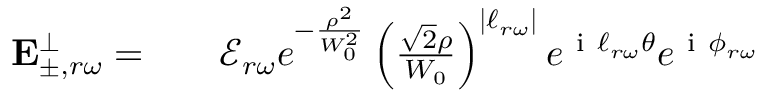
\begin{array} { r l r } { \mathbf { E } _ { \pm , r \omega } ^ { \perp } = } & { { } } & { \mathcal { E } _ { r \omega } e ^ { - \frac { \rho ^ { 2 } } { W _ { 0 } ^ { 2 } } } \left( \frac { \sqrt { 2 } \rho } { W _ { 0 } } \right) ^ { | \ell _ { r \omega } | } e ^ { \mathrm { ~ i ~ } \ell _ { r \omega } \theta } e ^ { \mathrm { ~ i ~ } \phi _ { r \omega } } } \end{array}